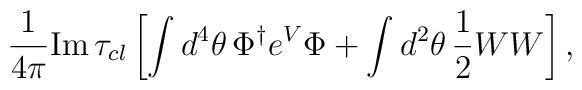
{1\over 4\pi} \hbox{\rm Im}    \, \tau_{cl} \left[\int d^4 \theta \,\Phi^{\dagger} e^V \Phi +\int d^2 \theta\,{1\over 2} W W\right],